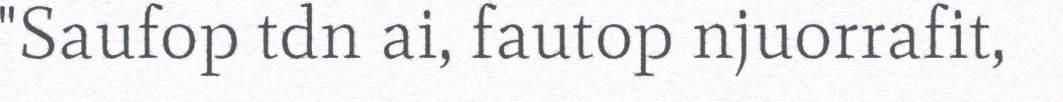
"Saufop tdn ai, fautop njuorrafit,